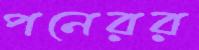
পনেরর